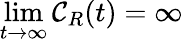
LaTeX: \operatorname*{lim}_{t\rightarrow\infty}{\mathcal C}_{R}(t)=\infty